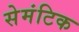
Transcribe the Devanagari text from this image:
सेमंटिक